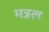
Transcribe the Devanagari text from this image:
मत्रल